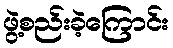
ဖွဲ့စည်းခဲ့ကြောင်း